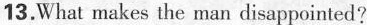
13. What makes the man disappointed?